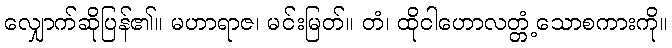
လျှောက်ဆိုပြန်၏။ မဟာရာဇ၊ မင်းမြတ်။ တံ၊ ထိုငါဟောလတ္တံ့သောစကားကို။